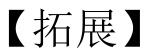
【拓展】